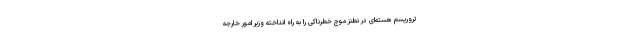
تروریسم هسته‌ای در نطنز موج خطرناکی را به راه انداخته وزیر امور خارجه